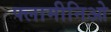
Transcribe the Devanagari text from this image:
फ्लामीनिओ